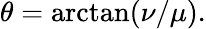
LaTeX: \theta=\arctan(\nu/\mu).